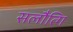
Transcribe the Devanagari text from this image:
सलौत्गि